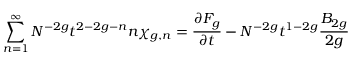
\sum _ { n = 1 } ^ { \infty } N ^ { - 2 g } t ^ { 2 - 2 g - n } n \chi _ { g , n } = { \frac { \partial F _ { g } } { \partial t } } - N ^ { - 2 g } t ^ { 1 - 2 g } { \frac { B _ { 2 g } } { 2 g } }